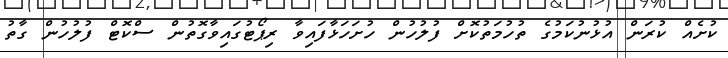
ކުށެއް ކުރަން އުޅުނުކަމުގެ ތުހުމަތުކޮށް ފުލުހުން ހުށަހަޅާފައިވާ ރިޕޯޓުގައިވާގޮތުން ސްކޮޓް ފުލުހުން ގާތު